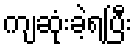
ကျဆုံးခဲ့ရပြီး